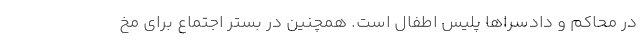
در محاکم و دادسراها پلیس اطفال است. همچنین در بستر اجتماع برای مخ